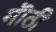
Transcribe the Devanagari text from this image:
मॊठी